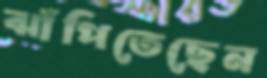
ঝাঁপিতেছেন